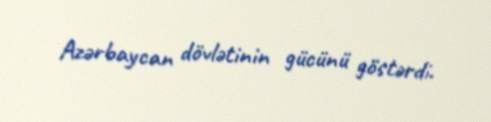
Azərbaycan dövlətinin gücünü göstərdi.